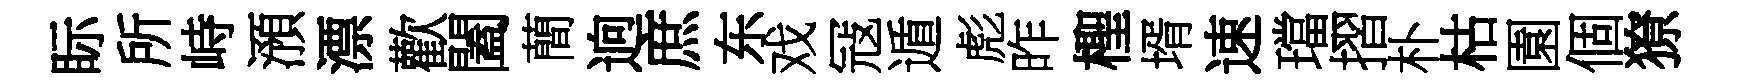
眎所峙澦漂歡闔蕳逈庶东戏冦遁彪昨檉壻速璫摺朴枯園個獠